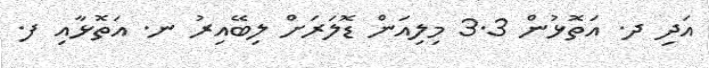
އަދި ދ. އަތޮޅުން 3.3 މިލިއަން ޑޮލަރަށް ލިބޭއިރު ނ. އަތޮޅާއި ފ.